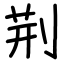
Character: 荆